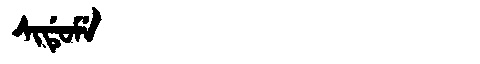
Manchu: ᠰᡳᡩᡠᠮᡝ
Romanization: SIDUME